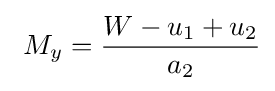
\ M_{y}={\frac {W-u_{1}+u_{2}}{a_{2}}}